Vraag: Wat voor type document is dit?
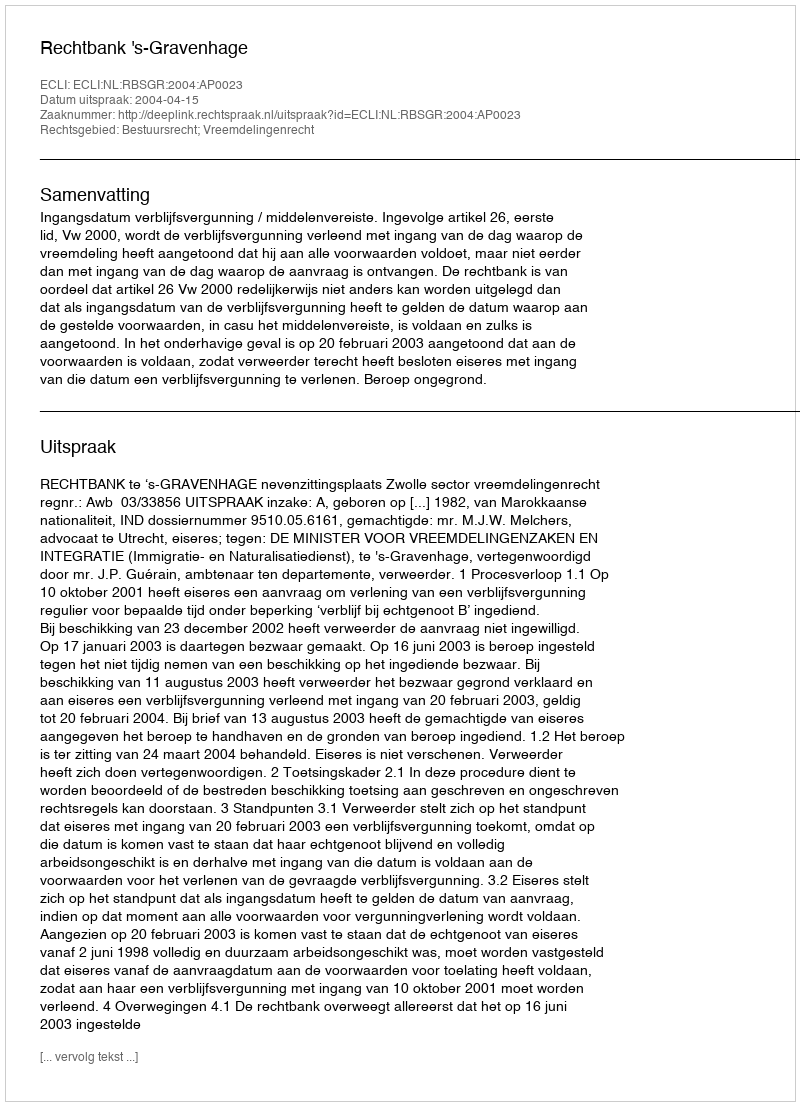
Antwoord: Uitspraak